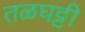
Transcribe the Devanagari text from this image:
तळघट्टी